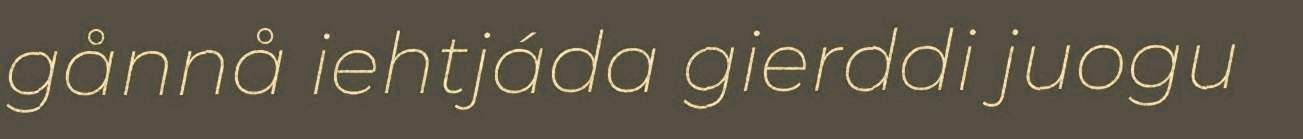
gånnå iehtjáda gierddi juogu